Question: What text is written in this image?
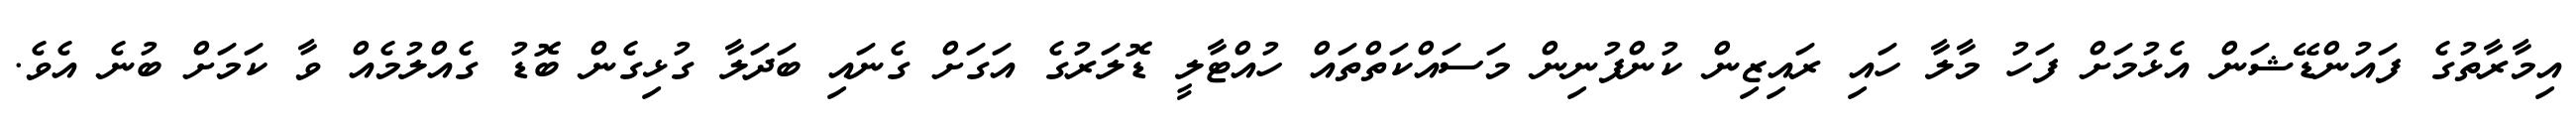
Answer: އިމާރާތުގެ ފައުންޑޭޝަން އެޅުމަށް ފަހު މާލާ ހައި ރައިޒިން ކުންފުނިން މަސައްކަތްތައް ހުއްޓާލީ ޑޮލަރުގެ އަގަށް ގެނައި ބަދަލާ ގުޅިގެން ބޮޑު ގެއްލުމެއް ވާ ކަމަށް ބުނެ އެވެ.